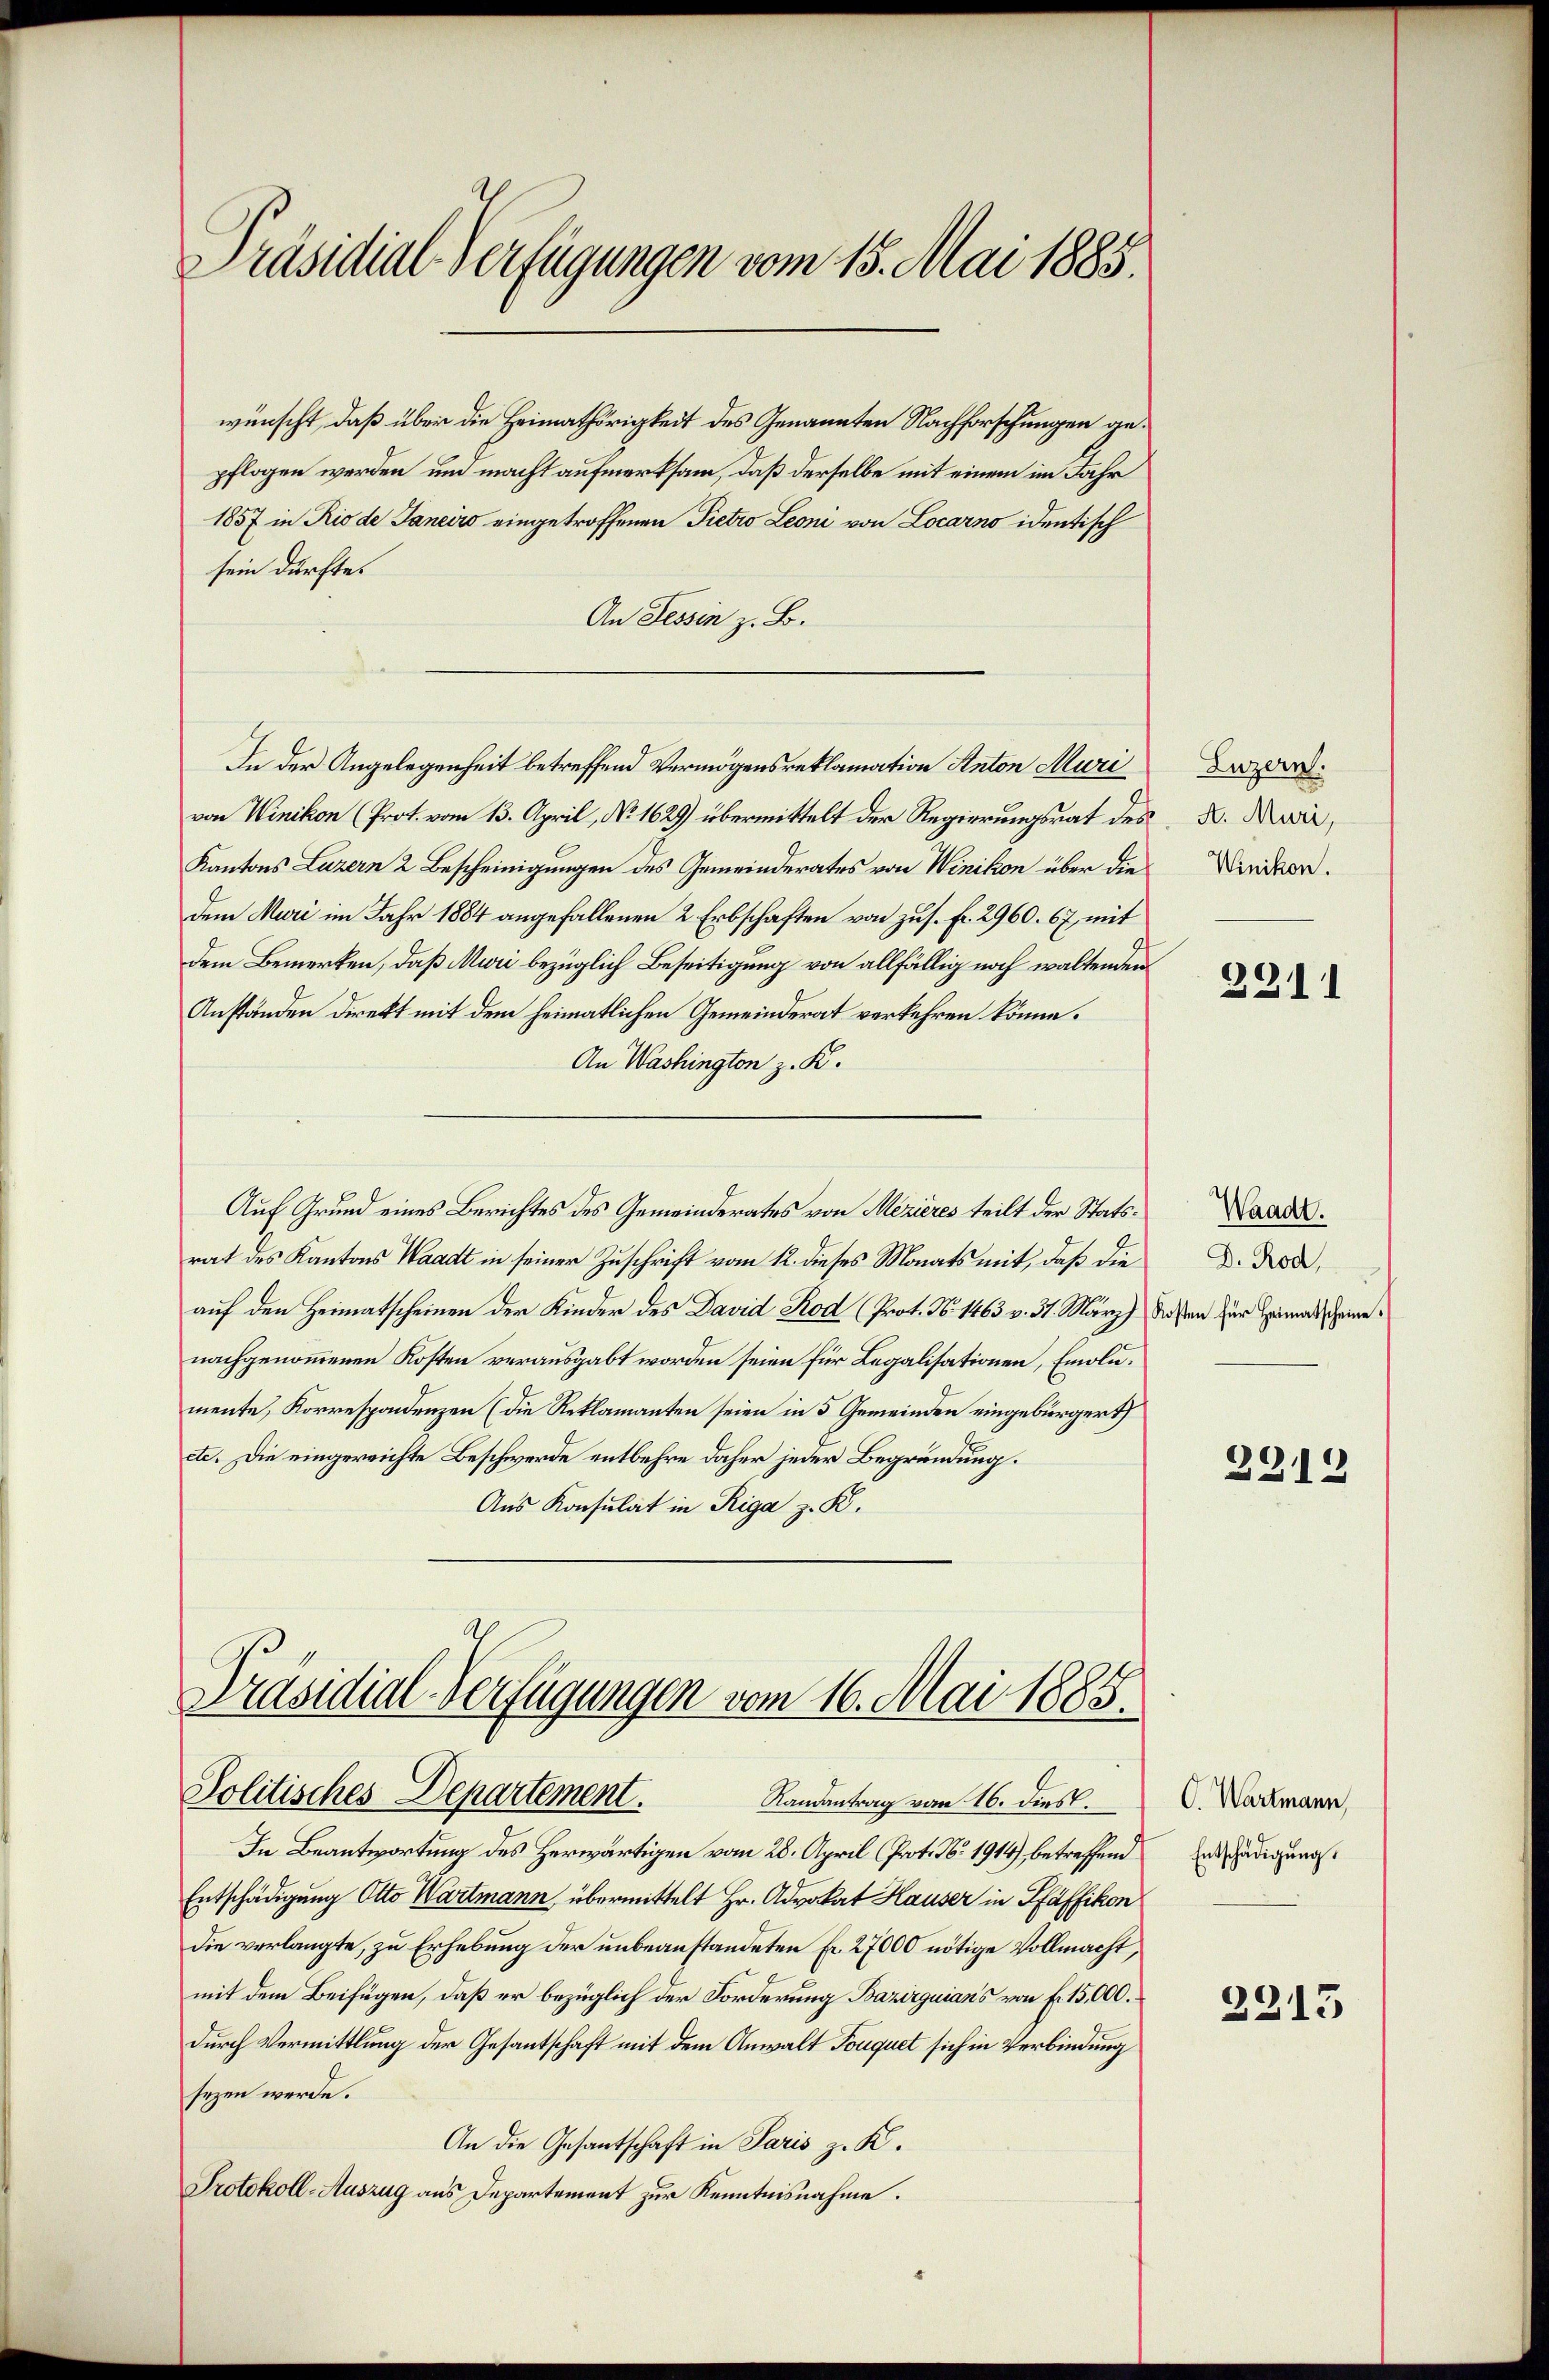
Präsidial-Verfügungen vom 15. Mai 1885.

wünscht, daß über die Heimathörigkeit des Genannten Nachforschungen gepflogen werden und macht aufmerksam, daß derselbe mit einem im Jahr
1857 in Rio de Janeiro eingetroffenen Pietro Leoni von Locarno identisch
sein dürfte.
An Tessin z. B.
von Winikon (Prot. vom 13. April, No. 1629) übermittelt der Regierungsrat des K. Nein,
Kantons Luzern 2 Bescheinigungen des Gemeinderates von Winikon über die
dem Muri im Jahr 1884 angefallenen 2 Erbschaften von zus. Fr. 2960. 67, mit
dem Bemerken, daß Muri bezüglich Beseitigung von allfällig noch waltenden
Anständen direkt mit dem heimatlichen Gemeinderat verkehren könne.
An Washington z. K.
Auf Grund eines Berichtes des Gemeinderates von Mezieres teilt der Statsrat des Kantons Waadt in seiner Zuschrift vom 12. dieses Monats mit, daß die
auf den Heimatscheinen der Kinder des David Rod (Prot. N. 1463 v. 31. März dassen für Heimatscheine
nachgenommenen Kosten verausgabt worden seien für Legalisationen, Emolumente, Korrespondenzen (die Reklamanten seien in 5 Gemeinden eingebürgert
ete. Die eingereichte Beschwerde entbehre daher jeder Begründung.
Aus Konsulat in Riga z. B.

In der Angelegenheit betreffend Vermögensreklamation Anton Muri

Präsidial-Verfügungen vom 16. Mai 1885.
Politisches Departement.
Randantrag vom 16. dies

In Beantwortung des Herwärtigen vom 28. April (Prot. N. 1914), betreffend
Entschädigung Otto Wartmann übermittelt Hr. Advokat Hauser in Pfäffikon
die verlangte, zu Erhebung der unbeanstandeten Fr. 27000 nötige Vollmacht,
mit dem Beifügen, daß er bezüglich der Forderung Bazirquian's von f. 15,000.
durch Vermittlung der Gesantschaft mit dem Anwalt Fouquet sich in Verbindung
sezen werde.
An die Gesantschaft in Paris z. K.
Protokoll-Auszug aus Departement zur Kenntnisnahme.

Luzern.
Winikon.

2311

Waadt.
D. Rod

2212

C. Wartmann
Entschädigung.

2215